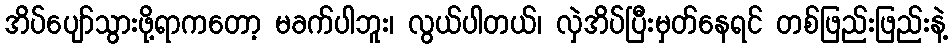
အိပ်ပျော်သွားဖို့ရာကတော့ မခက်ပါဘူး၊ လွယ်ပါတယ်၊ လှဲအိပ်ပြီးမှတ်နေရင် တစ်ဖြည်းဖြည်းနဲ့